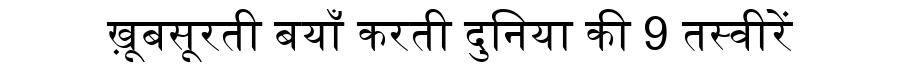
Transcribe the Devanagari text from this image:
ख़ूबसूरती बयाँ करती दुनिया की 9 तस्वीरें